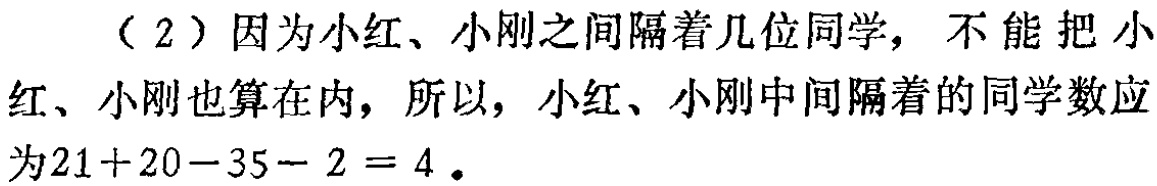
（2）因为小红、小刚之间隔着几位同学，不能把小红、小刚也算在内，所以，小红、小刚中间隔着的同学数应为\(21 + 20 - 35 - 2 = 4\)。